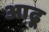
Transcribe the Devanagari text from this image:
आढ़ू